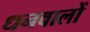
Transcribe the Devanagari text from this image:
धनवालों